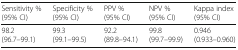
<table><thead><tr><td><b>Sensitivity %(95% CI)</b></td><td><b>Specificity %(95% CI)</b></td><td><b>PPV %(95% CI)</b></td><td><b>NPV %(95% CI)</b></td><td><b>Kappa index(95% CI)</b></td></tr></thead><tbody><tr><td>98.2(96.7–99.1)</td><td>99.3(99.1–99.5)</td><td>92.2(89.8–94.1)</td><td>99.8(99.7–99.9)</td><td>0.946(0.933–0.960)</td></tr></tbody></table>